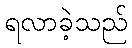
ရလာခဲ့သည်